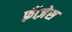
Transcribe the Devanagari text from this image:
फ़्रीज़ेस